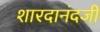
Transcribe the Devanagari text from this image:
शारदानंदजी